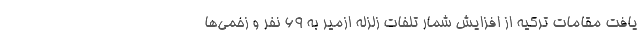
یافت مقامات ترکیه از افزایش شمار تلفات زلزله ازمیر به ۶۹ نفر و زخمی‌ها